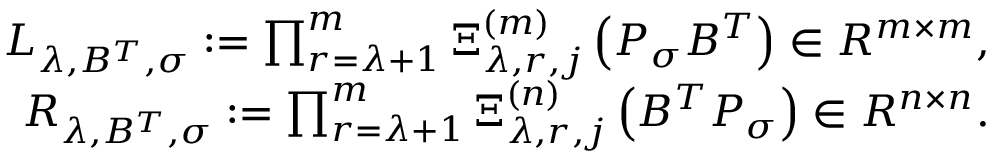
\begin{array} { r } { L _ { \lambda , B ^ { T } , \sigma } : = \prod _ { r = \lambda + 1 } ^ { m } \Xi _ { \lambda , r , j } ^ { ( m ) } \left( P _ { \sigma } B ^ { T } \right) \in R ^ { m \times m } , } \\ { R _ { \lambda , B ^ { T } , \sigma } : = \prod _ { r = \lambda + 1 } ^ { m } \Xi _ { \lambda , r , j } ^ { ( n ) } \left( B ^ { T } P _ { \sigma } \right) \in R ^ { n \times n } . } \end{array}